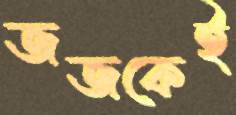
জজকেই